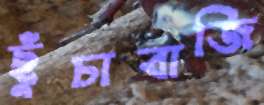
ছুঁচাবাজি